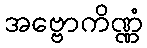
အဗ္ဗောကိဏ္ဏံ